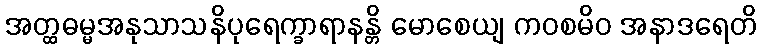
အတ္ထဓမ္မအနုသာသနိပုရေက္ခာရာနန္တိ မောစေယျ ကဝစမိဝ အနာဒရေတိ